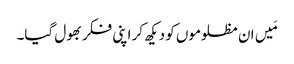
مَیں ان مظلوموں کو دیکھ کر اپنی فکر بھول گیا۔